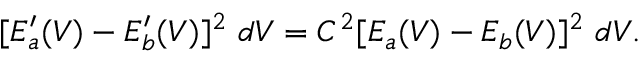
[ E _ { a } ^ { \prime } ( V ) - E _ { b } ^ { \prime } ( V ) ] ^ { 2 } ~ d V = C ^ { 2 } [ E _ { a } ( V ) - E _ { b } ( V ) ] ^ { 2 } ~ d V .